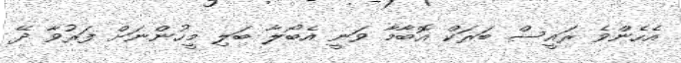
އެހެންވެ ރައީސް ބަރަކް އޮބާމާ ވަނީ އެބޯލާ ބަލި މީހުންނަށް ފަރުވާ ދޭ